Report on lock hospitals in British Burma
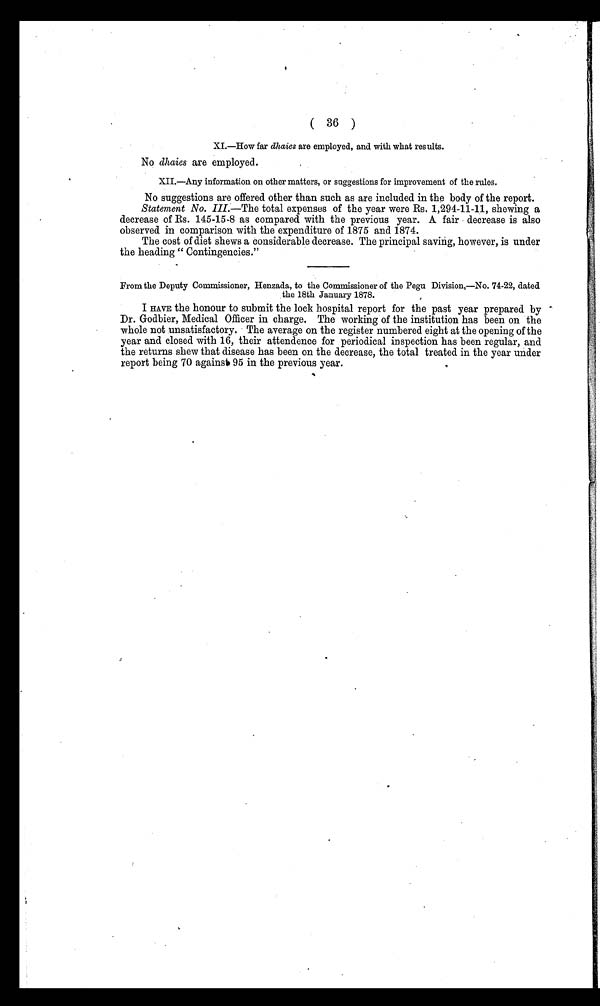
( 36 )
XI.—How far dhaies are employed, and with what results.
No dhaies are employed.
XII.—Any information on other matters, or suggestions for improvement of the rules.
No suggestions are offered other than such as are included in the body of the report.
Statement No. III.—The total expenses of the year were Rs. 1,294-11-11, shewing a
decrease of Rs. 145-15-8 as compared with the previous year. A fair decrease is also
observed in comparison with the expenditure of 1875 and 1874.
The cost of diet shews a considerable decrease. The principal saving, however, is under
the heading " Contingencies."
From the Deputy Commissioner, Henzada, to the Commissioner of the Pegu Division,—No. 74-22, dated
the 18th January 1878.
I HAVE the honour to submit the lock hospital report for the past year prepared by
Dr. Godbier, Medical Officer in charge. The working of the institution has been on the
whole not unsatisfactory. The average on the register numbered eight at the opening of the
year and closed with 16, their attendence for periodical inspection has been regular, and
the returns shew that disease has been on the decrease, the total treated in the year under
report being 70 against, 95 in the previous year.